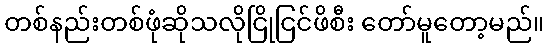
တစ်နည်းတစ်ဖုံဆိုသလိုငြိုငြင်ဖိစီး တော်မူတော့မည်။